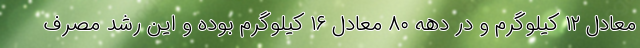
معادل ۱۲ کیلوگرم و در دهه ۸۰ معادل ۱۶ کیلوگرم بوده و این رشد مصرف